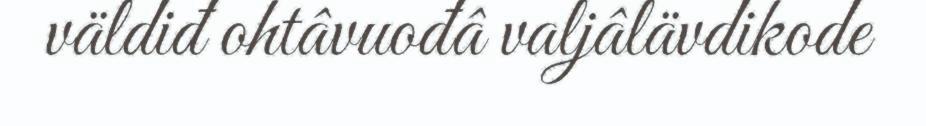
väldiđ ohtâvuođâ valjâlävdikode